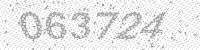
Solution: 063724